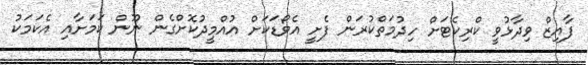
ފާއިޒް ވިދާޅުވީ ކްރިކެޓަށް ހިދުމަތްކުރަން ފެށީ އެވޯޑަކަށް އުއްމީދުކޮށްގެން ނޫން ކަމަށާއި އެކަމަކު